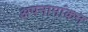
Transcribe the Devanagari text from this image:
अपनामांकन